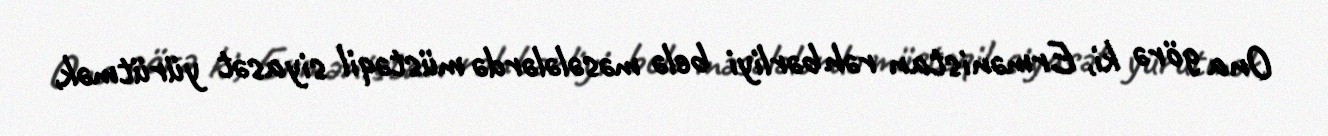
Ona görə ki, Ermənistan rəhbərliyi belə məsələlərdə müstəqil siyasət yürütmək,